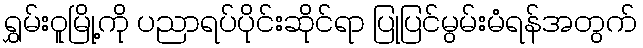
ရွှမ်းဝူမြို့ကို ပညာရပ်ပိုင်းဆိုင်ရာ ပြုပြင်မွမ်းမံရန်အတွက်